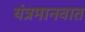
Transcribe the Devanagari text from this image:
यंत्रमानवात